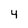
Character: 4